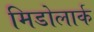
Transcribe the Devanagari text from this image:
मिडोलार्क